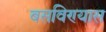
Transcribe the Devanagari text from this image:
बसविण्यास